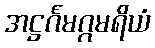
အဋ္ဌင်္ဂမဂ္ဂမရိယံ